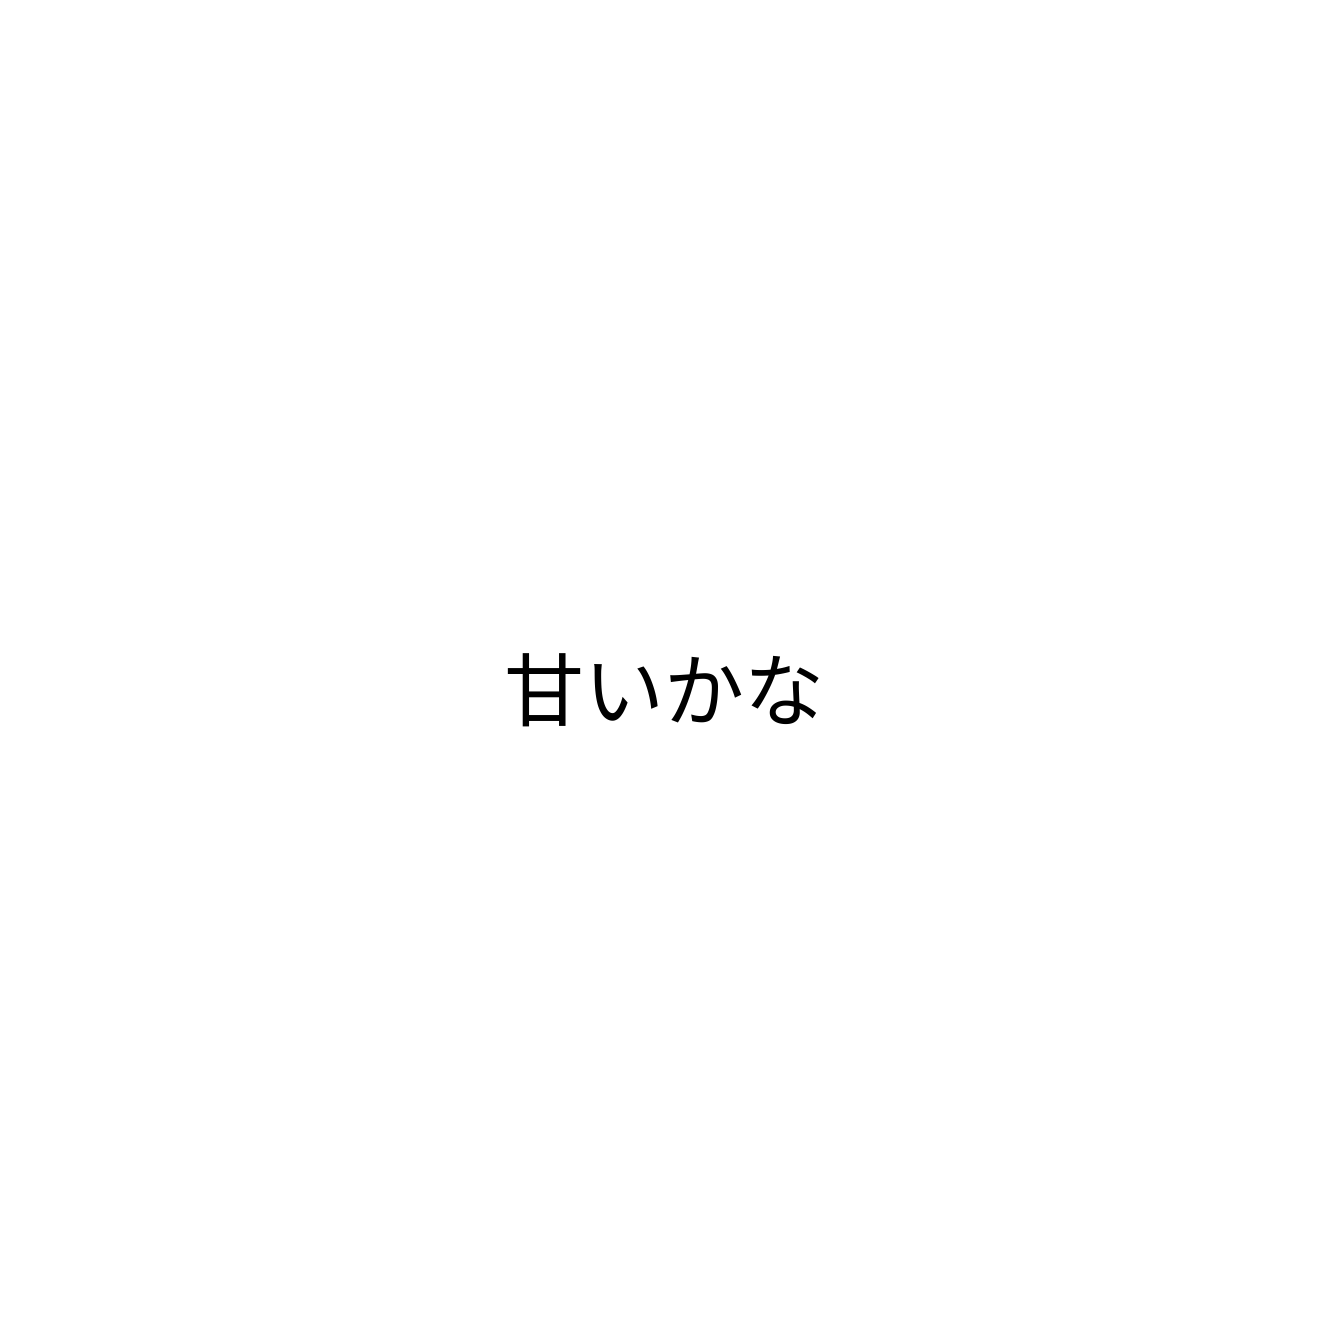
甘いかな